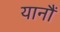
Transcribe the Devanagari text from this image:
यानौं